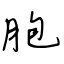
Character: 胞